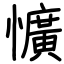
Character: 懭